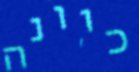
כוונה